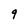
Character: q